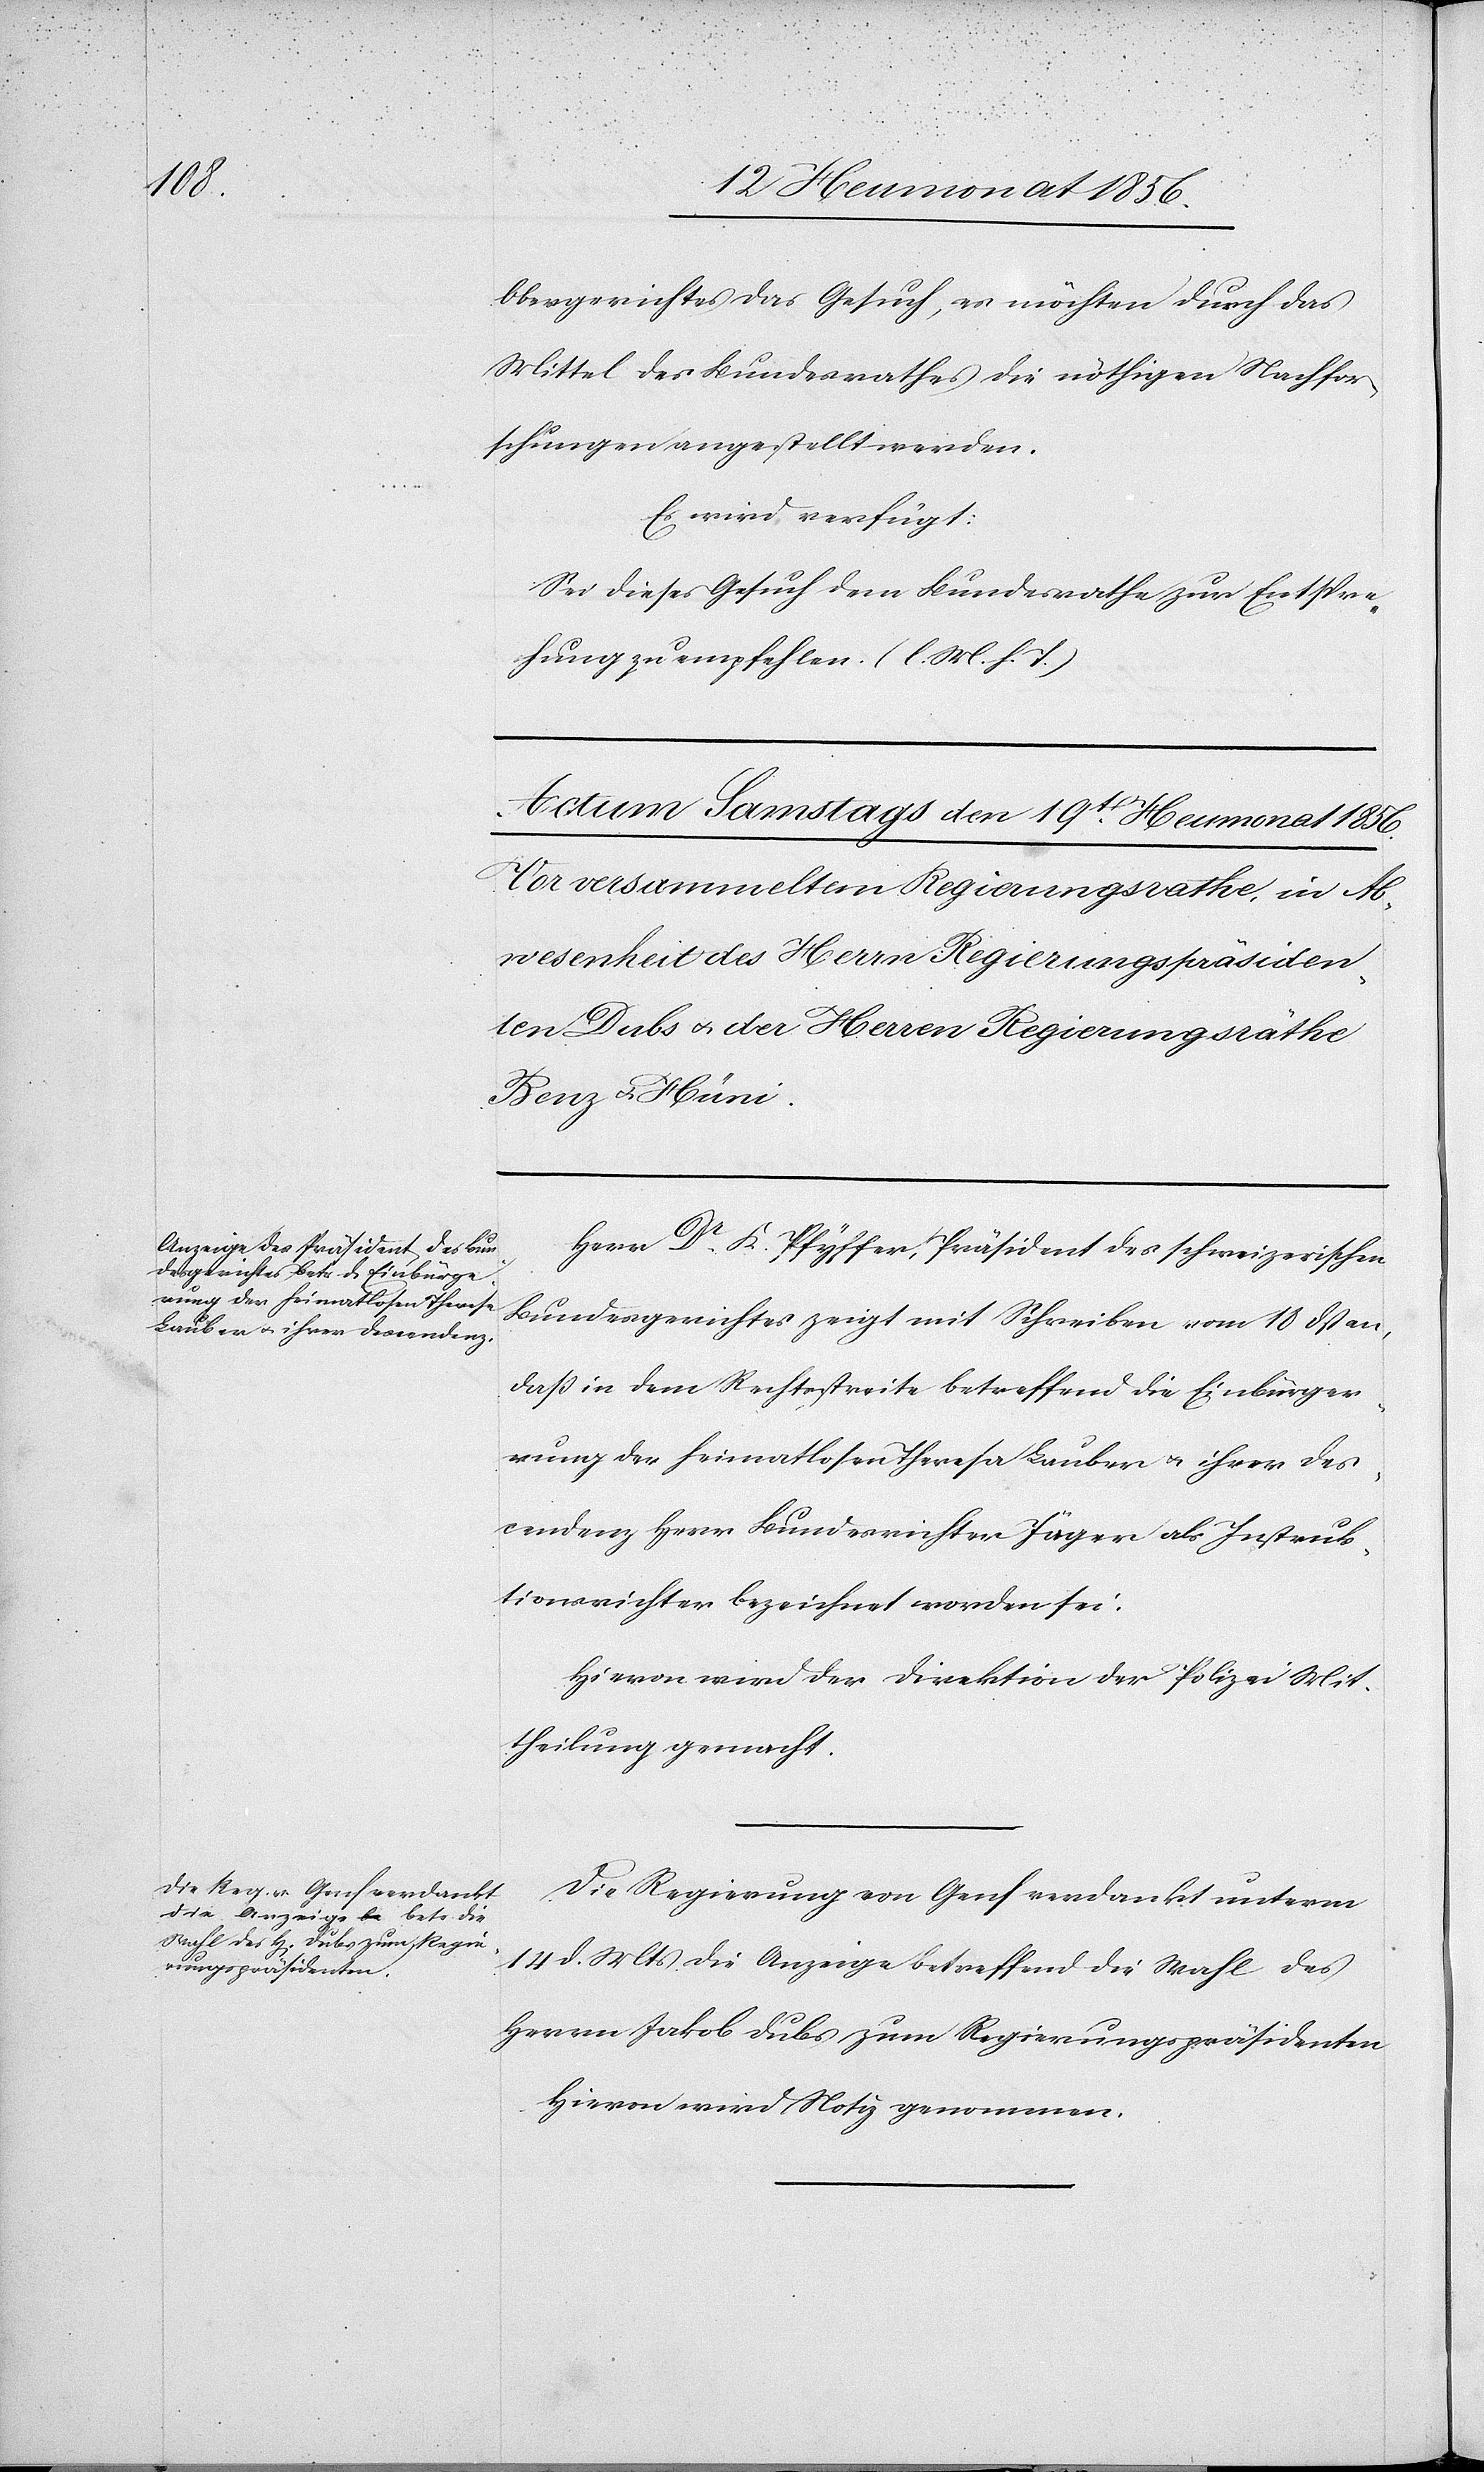
Obergerichtes das Gesuch, es möchten durch das
Mittel des Bundesrathes die nöthigen Nachfor¬
schungen angestellt werden.
Es wird verfügt:
Sei dieses Gesuch dem Bundesrathe zur Entspre¬
chung zu empfehlen. (l. M. h. T.)
Herr Dr K. Pfyffer, Präsident des schweizerischen
Bundesgerichtes zeigt mit Schreiben vom 18 dß an,
dass in dem Rechtsstreite betreffend die Einbürge¬
rung der heimatlosen Theresa Lauber u. ihrer Des¬
cendenz Herr Bundesrichter Jäger als Instruk¬
tionsrichter bezeichnet worden sei.
Hievon wir der Direktion der Polizei Mit¬
theilung gemacht.
Die Regierung von Genf verdankt unterm
14 d. Mts die Anzeige betreffend die Wahl des
Herrn Jakob Dubs zum Regierungspräsidenten[.]
Hievon wird Notiz genommen.